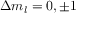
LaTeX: \Delta m _ { l } = 0 , \pm 1